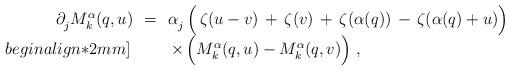
LaTeX: \begin{align*} \begin{array}{rcl} \partial_j^{} M_k^\alpha(q,u) \! &=&\! \alpha_j^{} \, \Bigl( \, \zeta(u-v) \,+\, \zeta(v) \,+\, \zeta(\alpha(q)) \,-\, \zeta(\alpha(q)+u) \Bigr) \\begin{align*}2mm] & & \times \, \Bigl( M_k^\alpha(q,u) - M_k^\alpha(q,v) \Bigr)~, \end{array}\end{align*}